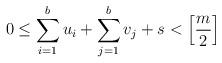
LaTeX: \begin{gather*} 0\leq \sum_{i=1}^b u_i+\sum_{j=1}^b v_j+s<\left[\frac{m}{2}\right]\end{gather*}